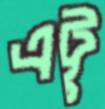
এট্টু